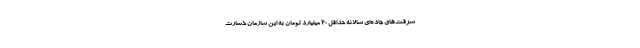
سرقت‌های جاده‌ای سالانه حداقل ۲۰ میلیارد تومان به این سازمان خسارت